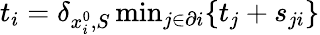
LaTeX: \begin{array}{r}{t_{i}=\delta_{x_{i}^{0},S}\operatorname*{min}_{j\in\partial i}\{ t_{j}+s_{ji}\} }\end{array}